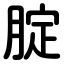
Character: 腚